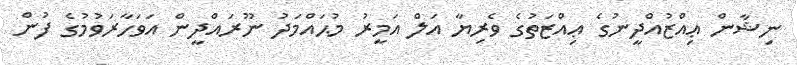
ނިޝާން ޢިއްޒުއްދީނުގެ ޢިއްޒަތުގެ ވެރިޔާ އަލް އަމީރު މުޙައްމަދު ނޫރައްދީން އަވަހާރަވުމުގެ ފުން